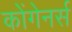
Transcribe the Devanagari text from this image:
कोंगेनर्स